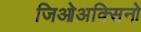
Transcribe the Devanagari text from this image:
जिओअक्सिनो